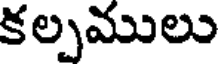
కల్పములు